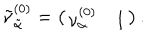
\tilde { \nu } _ { \tilde { \alpha } } ^ { ( 0 ) } = \left( \begin{matrix} { { \nu _ { \alpha } ^ { ( 0 ) } } } & { { 1 } } \\ \end{matrix} \right) .